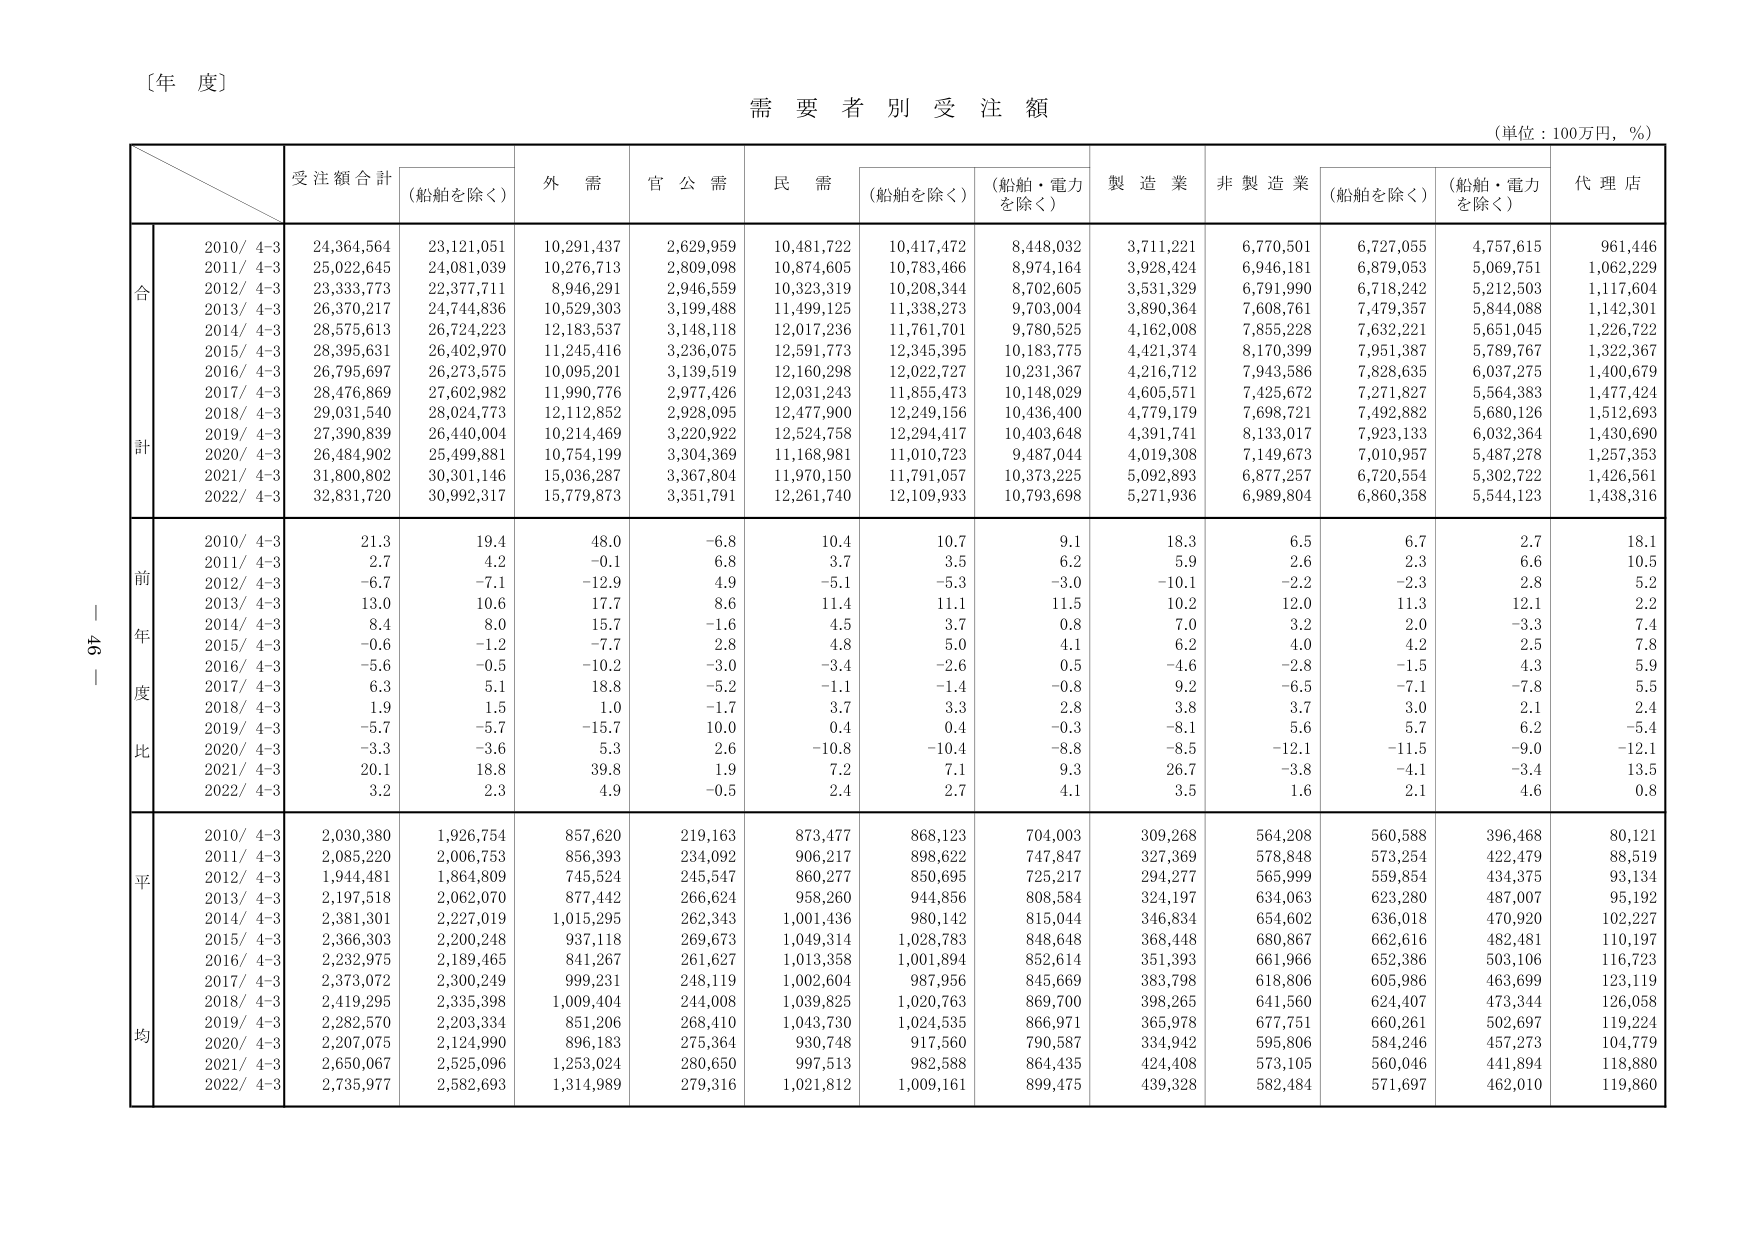
〔年 度〕

需要者別受注額

（単位：100万円，％）

受注額合計
（船舶を除く）
外 需
官 公 需
民 需
（船舶を除く）
（船舶・電力
を除く）
製 造 業
非 製 造 業
（船舶を除く）
（船舶・電力
を除く）
代 理 店

合
計
2010/ 4-3
24,364,564
23,121,051
10,291,437
2,629,959
10,481,722
10,417,472
8,448,032
3,711,221
6,770,501
6,727,055
4,757,615
961,446
2011/ 4-3
25,022,645
24,081,039
10,276,713
2,809,098
10,874,605
10,783,466
8,974,164
3,928,424
6,946,181
6,879,053
5,069,751
1,062,229
2012/ 4-3
23,333,773
22,377,711
8,946,291
2,946,559
10,323,319
10,208,344
8,702,605
3,531,329
6,791,990
6,718,242
5,212,503
1,117,604
2013/ 4-3
26,370,217
24,744,836
10,529,303
3,199,488
11,499,125
11,338,273
9,703,004
3,890,364
7,608,761
7,479,357
5,844,088
1,142,301
2014/ 4-3
28,575,613
26,724,223
12,183,537
3,148,118
12,017,236
11,761,701
9,780,525
4,162,008
7,855,228
7,632,221
5,651,045
1,226,722
2015/ 4-3
28,395,631
26,402,970
11,245,416
3,236,075
12,591,773
12,345,395
10,183,775
4,421,374
8,170,399
7,951,387
5,789,767
1,322,367
2016/ 4-3
26,795,697
26,273,575
10,095,201
3,139,519
12,160,298
12,022,727
10,231,367
4,216,712
7,943,586
7,828,635
6,037,275
1,400,679
2017/ 4-3
28,476,869
27,602,982
11,990,776
2,977,426
12,031,243
11,855,473
10,148,029
4,605,571
7,425,672
7,271,827
5,564,383
1,477,424
2018/ 4-3
29,031,540
28,024,773
12,112,852
2,928,095
12,477,900
12,249,156
10,436,400
4,779,179
7,698,721
7,492,882
5,680,126
1,512,693
2019/ 4-3
27,390,839
26,440,004
10,214,469
3,220,922
12,524,758
12,294,417
10,403,648
4,391,741
8,133,017
7,923,133
6,032,364
1,430,690
2020/ 4-3
26,484,902
25,499,881
10,754,199
3,304,369
11,168,981
11,010,723
9,487,044
4,019,308
7,149,673
7,010,957
5,487,278
1,257,353
2021/ 4-3
31,800,802
30,301,146
15,036,287
3,367,804
11,970,150
11,791,057
10,373,225
5,092,893
6,877,257
6,720,554
5,302,722
1,426,561
2022/ 4-3
32,831,720
30,992,317
15,779,873
3,351,791
12,261,740
12,109,933
10,793,698
5,271,936
6,989,804
6,860,358
5,544,123
1,438,316

前
年
度
比
2010/ 4-3
21.3
19.4
48.0
-6.8
10.4
10.7
9.1
18.3
6.5
6.7
2.7
18.1
2011/ 4-3
2.7
4.2
-0.1
6.8
3.7
3.5
6.2
5.9
2.6
2.3
6.6
10.5
2012/ 4-3
-6.7
-7.1
-12.9
4.9
-5.1
-5.3
-3.0
-10.1
-2.2
-2.3
2.8
5.2
2013/ 4-3
13.0
10.6
17.7
8.6
11.4
11.1
11.5
10.2
12.0
11.3
12.1
2.2
2014/ 4-3
8.4
8.0
15.7
-1.6
4.5
3.7
0.8
7.0
3.2
2.0
-3.3
7.4
2015/ 4-3
-0.6
-1.2
-7.7
2.8
4.8
5.0
4.1
6.2
4.0
4.2
2.5
7.8
2016/ 4-3
-5.6
-0.5
-10.2
-3.0
-3.4
-2.6
0.5
-4.6
-2.8
-1.5
4.3
5.9
2017/ 4-3
6.3
5.1
18.8
-5.2
-1.1
-1.4
-0.8
9.2
-6.5
-7.1
-7.8
5.5
2018/ 4-3
1.9
1.5
1.0
-1.7
3.7
3.3
2.8
3.8
3.7
3.0
2.1
2.4
2019/ 4-3
-5.7
-5.7
-15.7
10.0
0.4
0.4
-0.3
-8.1
5.6
5.7
6.2
-5.4
2020/ 4-3
-3.3
-3.6
5.3
2.6
-10.8
-10.4
-8.8
-8.5
-12.1
-11.5
-9.0
-12.1
2021/ 4-3
20.1
18.8
39.8
1.9
7.2
7.1
9.3
26.7
-3.8
-4.1
-3.4
13.5
2022/ 4-3
3.2
2.3
4.9
-0.5
2.4
2.7
4.1
3.5
1.6
2.1
4.6
0.8

平
均
2010/ 4-3
2,030,380
1,926,754
857,620
219,163
873,477
868,123
704,003
309,268
564,208
560,588
396,468
80,121
2011/ 4-3
2,085,220
2,006,753
856,393
234,092
906,217
898,622
747,847
327,369
578,848
573,254
422,479
88,519
2012/ 4-3
1,944,481
1,864,809
745,524
245,547
860,277
850,695
725,217
294,277
565,999
559,854
434,375
93,134
2013/ 4-3
2,197,518
2,062,070
877,442
266,624
958,260
944,856
808,584
324,197
634,063
623,280
487,007
95,192
2014/ 4-3
2,381,301
2,227,019
1,015,295
262,343
1,001,436
980,142
815,044
346,834
654,602
636,018
470,920
102,227
2015/ 4-3
2,366,303
2,200,248
937,118
269,673
1,049,314
1,028,783
848,648
368,448
680,867
662,616
482,481
110,197
2016/ 4-3
2,232,975
2,189,465
841,267
261,627
1,013,358
1,001,894
852,614
351,393
661,966
652,386
503,106
116,723
2017/ 4-3
2,373,072
2,300,249
999,231
248,119
1,002,604
987,956
845,669
383,798
618,806
605,986
463,699
123,119
2018/ 4-3
2,419,295
2,335,398
1,009,404
244,008
1,039,825
1,020,763
869,700
398,265
641,560
624,407
473,344
126,058
2019/ 4-3
2,282,570
2,203,334
851,206
268,410
1,043,730
1,024,535
866,971
365,978
677,751
660,261
502,697
119,224
2020/ 4-3
2,207,075
2,124,990
896,183
275,364
930,748
917,560
790,587
334,942
595,806
584,246
457,273
104,779
2021/ 4-3
2,650,067
2,525,096
1,253,024
280,650
997,513
982,588
864,435
424,408
573,105
560,046
441,894
118,880
2022/ 4-3
2,735,977
2,582,693
1,314,989
279,316
1,021,812
1,009,161
899,475
439,328
582,484
571,697
462,010
119,860

96